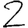
Digit: 2